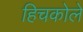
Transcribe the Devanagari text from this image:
हिचकोले